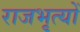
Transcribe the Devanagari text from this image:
राजभृत्यों